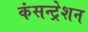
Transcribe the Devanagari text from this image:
कंसन्ट्रेशन